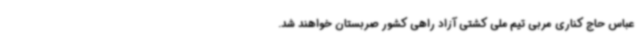
عباس حاج کناری مربی تیم ملی کشتی آزاد راهی کشور صربستان خواهند شد.